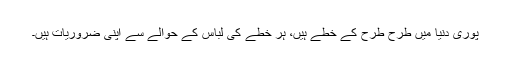
پوری دنیا میں طرح طرح کے خطے ہیں، ہر خطے کی لباس کے حوالے سے اپنی ضروریات ہیں۔